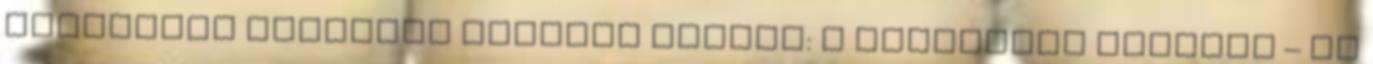
Budapesti Corvinus Egyetem tanára: A Bloomberg közölte – az